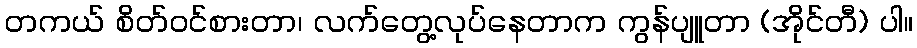
တကယ် စိတ်၀င်စားတာ၊ လက်တွေ့လုပ်နေတာက ကွန်ပျူတာ (အိုင်တီ) ပါ။